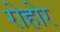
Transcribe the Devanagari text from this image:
रोहोर